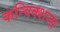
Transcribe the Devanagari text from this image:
कन्विक्शन्स